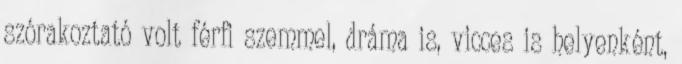
szórakoztató volt férfi szemmel, dráma is, vicces is helyenként,